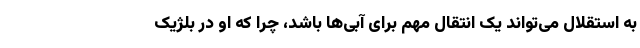
به استقلال می‌تواند یک انتقال مهم برای آبی‌ها باشد، چرا که او در بلژیک